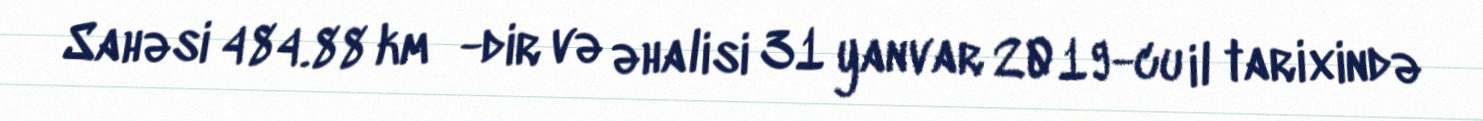
Sahəsi 484.88 km²-dir və əhalisi 31 yanvar 2019-cu il tarixində